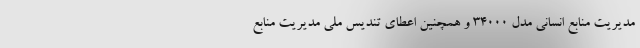
مدیریت منابع انسانی مدل 34000 و همچنین اعطای تندیس ملی مدیریت منابع